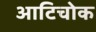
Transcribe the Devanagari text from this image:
आटिचोक